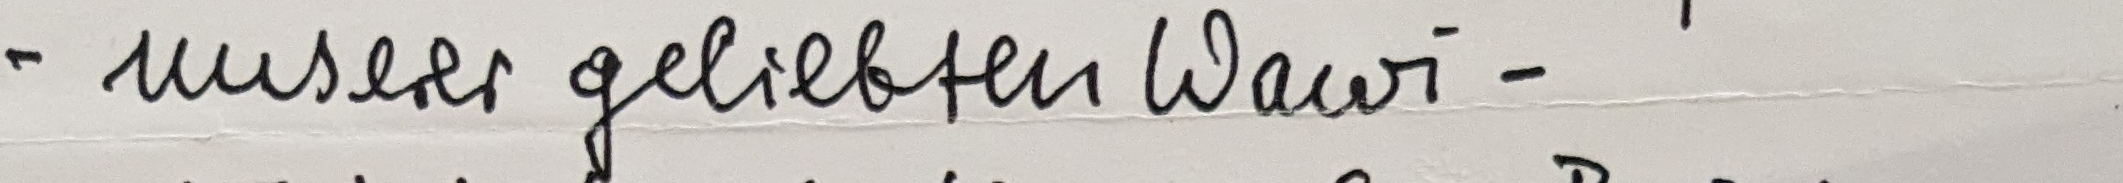
– unserer geliebten Wawi –